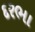
દરભા